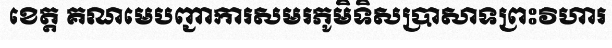
ខេត្ត គណមេបញ្ជាការសមរភូមិទិសប្រាសាទព្រះវិហារ